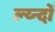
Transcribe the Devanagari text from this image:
ल्य्न्दों